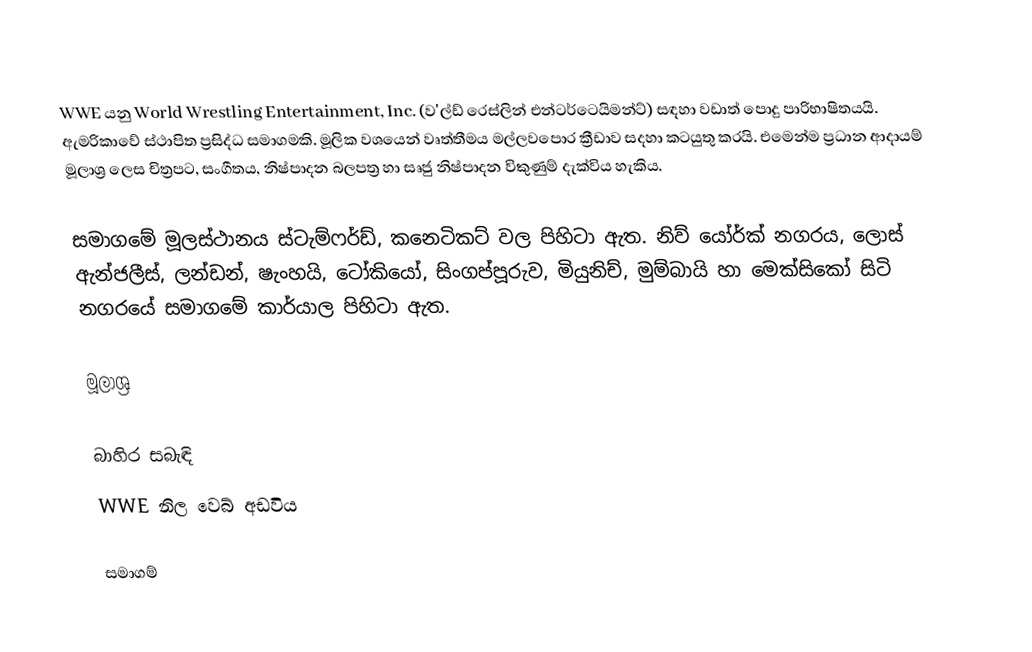
WWE යනු World Wrestling Entertainment, Inc. (ව'ල්ඩ් රෙස්ලින් එන්ටර්ටෙයිමන්ට්) සඳහා වඩාත් පොදු පාරිභාෂිතයයි. ඇමරිකාවේ ස්ථාපිත ප්‍රසිද්ධ සමාගමකි. මූලික වශයෙන් වෘත්තීමය මල්ලවපොර ක්‍රීඩාව සදහා කටයුතු කරයි. එමෙන්ම ප්‍රධාන ආදායම් මූලාශ්‍ර ලෙස චිත්‍රපට, සංගීතය, නිෂ්පාදන බලපත්‍ර හා සෘජු නිෂ්පාදන විකුණුම් දැක්විය හැකිය.

සමාගමේ මූලස්ථානය ස්ටැම්ෆර්ඩ්, කනෙටිකට්  වල  පිහිටා ඇත. නිව් යෝර්ක් නගරය, ලොස් ඇන්ජලීස්, ලන්ඩන්, ෂැංහයි, ටෝකියෝ, සිංගප්පූරුව, මියුනිච්, මුම්බායි හා මෙක්සිකෝ සිටි නගරයේ සමාගමේ කාර්යාල පිහිටා ඇත.

මූලාශ්‍ර

බාහිර සබැඳි
 WWE නිල වෙබ් අඩවිය

සමාගම්